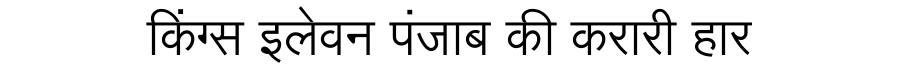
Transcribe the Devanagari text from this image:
किंग्स इलेवन पंजाब की करारी हार